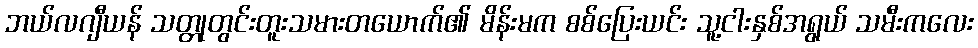
ဘယ်လဂျီယန် သတ္တုတွင်းတူးသမားတယောက်၏ မိန်းမက စစ်ပြေးယင်း သူ့ငါးနှစ်အရွယ် သမီးကလေး